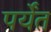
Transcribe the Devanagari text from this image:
पर्येंत